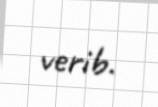
verib.